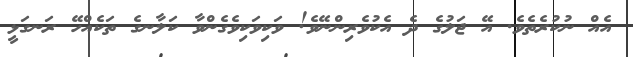
އެއް ނުކުރެތެވެ. އޭ ޖަލުގެ ދެ އެކުވެރިންނޭވެ! ވަކިވަކިވެގެންވާ ކަލާނގެ ތަކެއްހޭ ރަނގަޅީ